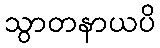
သွာတနာယပိ